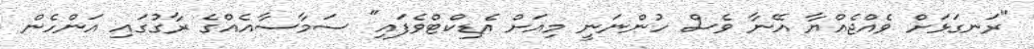
"ރަނގަޅަށް ވެއްޖެއްޔާ އޭނާ ވެސް ހުންނަނީ މިއަށް އެޑިކްޓްވެފައި" ސަމާސާއެއްގެ ރާގުގައި އަންހެން